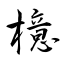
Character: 檍